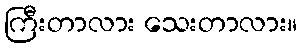
ကြီးတာလား သေးတာလား။